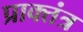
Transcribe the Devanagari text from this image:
प्राक्तंत्र